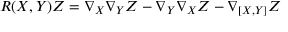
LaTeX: R ( X , Y ) Z = \nabla _ { X } \nabla _ { Y } Z - \nabla _ { Y } \nabla _ { X } Z - \nabla _ { [ X , Y ] } Z